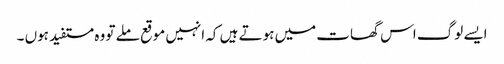
ایسے لوگ اس گھات میں ہوتے ہیں کہ انہیں موقع ملے تو وہ مستفید ہوں ۔